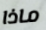
ماذا